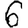
Digit: 6